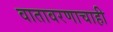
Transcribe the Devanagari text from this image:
वातावरणाचाही